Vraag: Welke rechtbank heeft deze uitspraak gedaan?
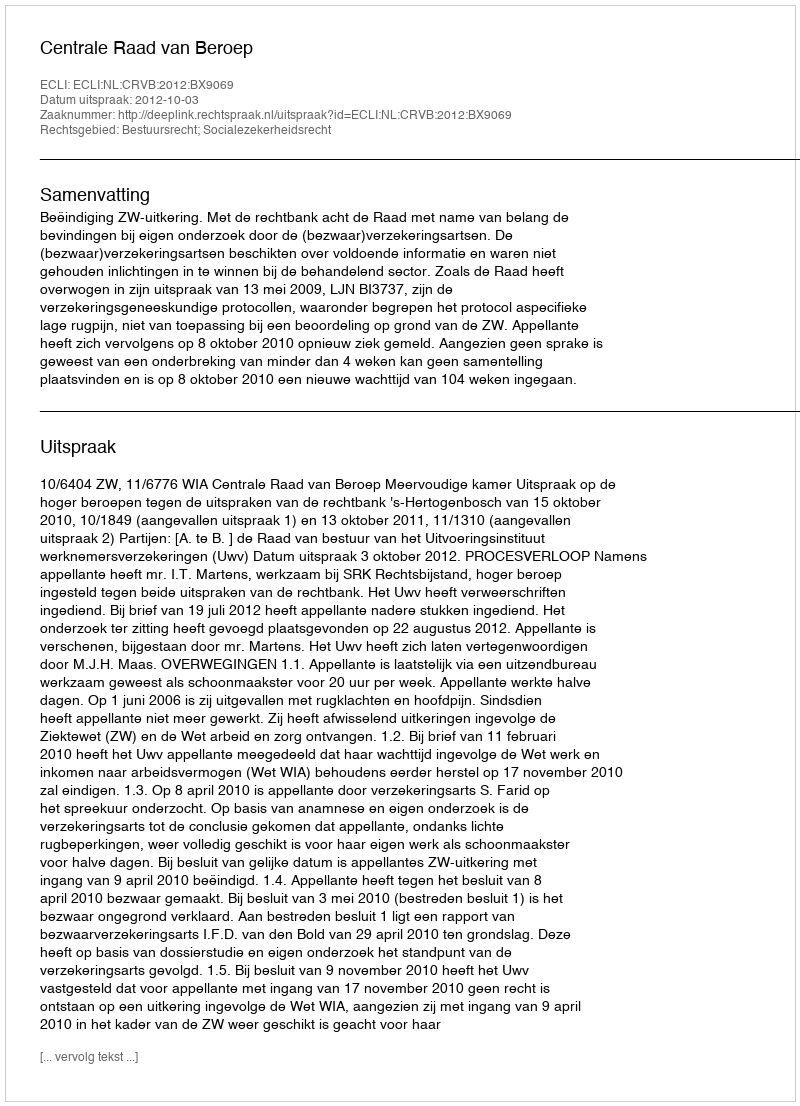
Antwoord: Centrale Raad van Beroep